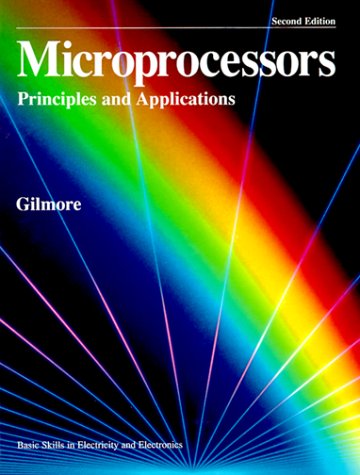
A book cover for Microprocessors: Principles and Applications; Charles M. Gilmore; Computers & Technology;